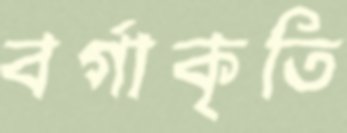
বর্গাকৃতি